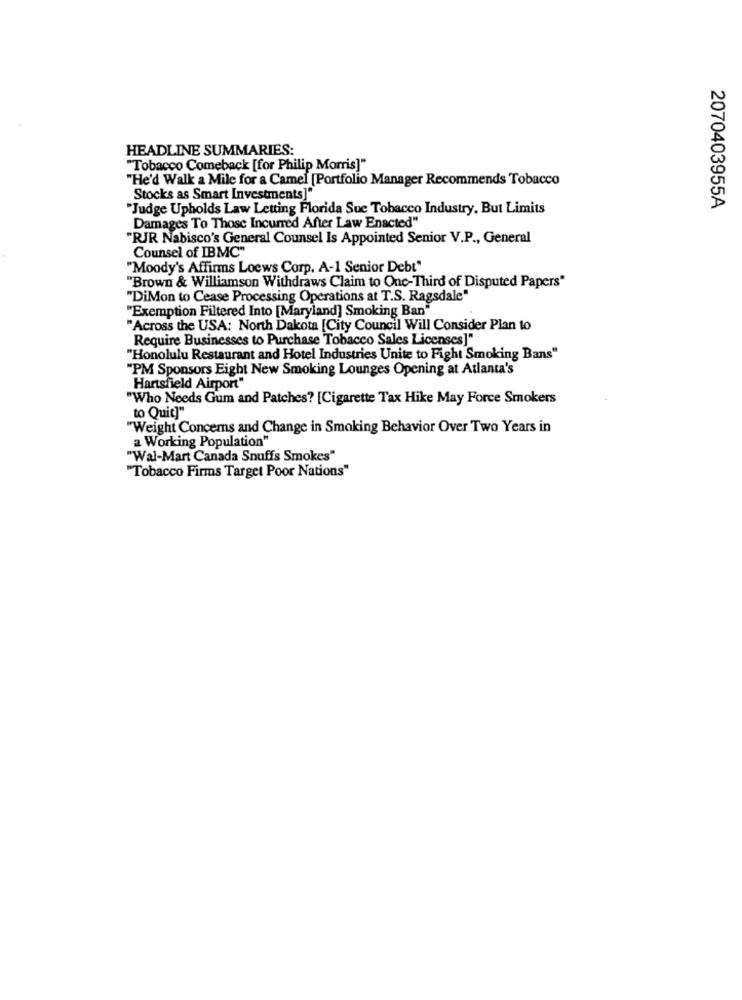
HEADLINE SUMMARIES:
"Tobacco Comeback [for Philip Morris]"
"He'd Walk a Mile for a Camel [Portfolio Manager Recommends Tobacco
Stocks as Smart Investments]"
Judge Upholds Law Letting Florida Sue Tobacco Industry, But Limits
2070403955A
Damages To Those Incurred After Law Enacted"
"RJR Nabisco's General Counsel Is Appointed Senior V.P ., General
Counsel of IBMC"
"Moody's Affirms Loews Corp. A-1 Senior Debt"
"Brown & Williamson Withdraws Claim to One-Third of Disputed Papers"
"DiMon to Cease Processing Operations at T.S. Ragsdale"
"Exemption Filtered Into [Maryland] Smoking Ban"
"Across the USA: North Dakota [City Council Will Consider Plan to
Require Businesses to Purchase Tobacco Sales Licenses]"
"Honolulu Restaurant and Hotel Industries Unite to Fight Smoking Bans"
"PM Sponsors Eight New Smoking Lounges Opening at Atlanta's
Hartsfield Airport"
"Who Needs Gum and Patches? [Cigarette Tax Hike May Force Smokers
to Quic]"
"Weight Concems and Change in Smoking Behavior Over Two Years in
a Working Population"
"Wal-Mart Canada Snuffs Smokes"
"Tobacco Firms Target Poor Nations"